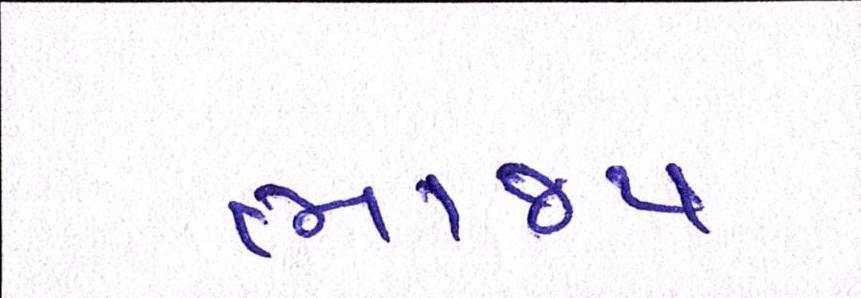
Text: ભાજપ